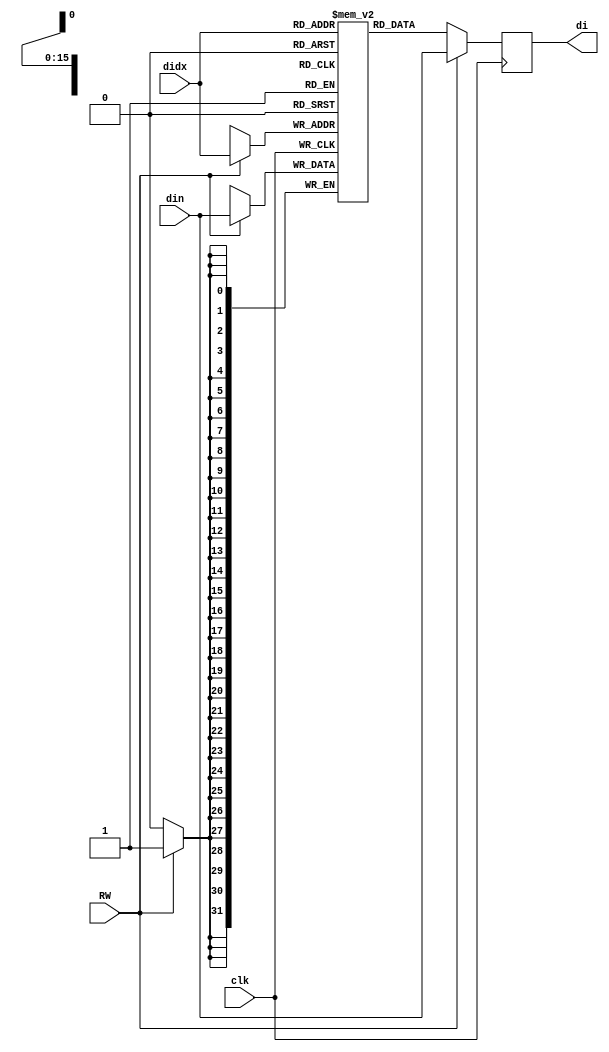
module dbuf(
           input wire clk,
           input wire [31:0] din, //input
           input wire [15:0] didx, //address
           input wire RW,
           output reg [31:0] di
       );
//`include "Param.v"
// wire [31:0] mem1 ;
// wire [31:0] mem0 ;
// wire [31:0] mem2 ;
// wire [31:0] mem3 ;
// wire mem2 [31:0];
// wire mem1 [31:0];
// wire mem1 [31:0];
// localparam bound = 47999;

reg [31:0] mem [0:47999];

//1 write ; 0 read

// dbuf
always @(posedge clk) begin

    if(RW)
        mem[didx] <= din;

    // mem[0] <= coefficent00;
    // mem[1] <= coefficent01;
    // mem[2] <= coefficent02;
    // mem[3] <= coefficent03;
    di <= RW ? din : mem[didx];
end

// assign mem0 = mem[0];
// assign mem1 = mem[1];
// assign mem2 = mem[2];
// assign mem3 = mem[3];

endmodule